Vaccine operations Central Provinces 1868-1885 - 1868-1885
Year: 1868
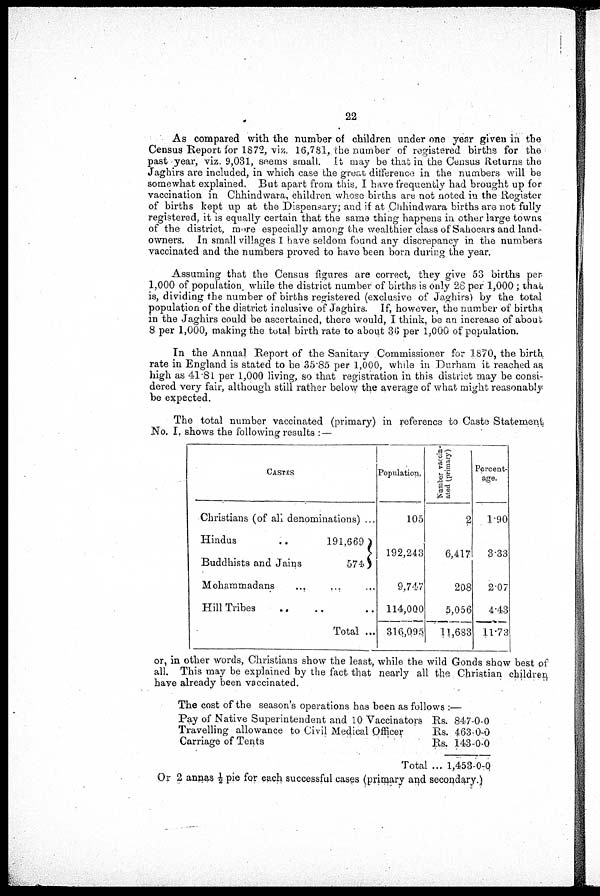
22
As compared with the number of children under one year given in the
Census Report for 1872, viz. 16,781, the number of registered births for the
past year, viz. 9,031, seems small. It may be that in the Census Returns the
Jaghirs are included, in which case the great difference in the numbers will be
somewhat explained. But apart from this, I have frequently had brought up for
vaccination in Chhindwara, children whose births are not noted in the Register
of births kept up at the Dispensary; and if at Chhindwara births are not fully
registered, it is equally certain that the same thing happens in other large towns
of the district, more especially among the wealthier class of Sahocars and land-
owners. In small villages I have seldom found any discrepancy in the numbers
vaccinated and the numbers proved to have been born during the year.
Assuming that the Census figures are correct, they give 53 births per
1,000 of population. while the district number of births is only 28 per 1,000 ; that
is, dividing the number of births registered (exclusive of Jaghirs) by the total
population of the district inclusive of Jaghirs. If, however, the number of births
in the Jaghirs could be ascertained, there would, I think, be an increase of about
8 per 1,000, making the total birth rate to about 36 per 1,000 of population.
In the Annual Report of the Sanitary Commissioner for 1870, the birth
rate in England is stated to be 35.85 per 1,000, while in Durham it reached as
high as 41.81 per 1,000 living, so that registration in this district may be consi-
dered very fair, although still rather below the average of what might reasonably
be expected.
The total number vaccinated (primary) in reference to Caste Statement
No. I. shows the following results : —
CASTES
Christians (of all denominations) ...
Hindus
..
Buddhists and Jains
191,669
574
Mohammadans ... ... ...
Hill Tribes .. .. ..
Total ...
Population.
105
192,243
9,747
114,000
316,0,95
Number vaccin-
ated (primary)
2
6,417
208
5,056
11,683
Percent-
age.
1.90
3.33
2.07
4.43
11.73
or, in other words, Christians show the least, while the wild Gonds show best of
all. This may be explained by the fact that nearly all the Christian children
have already been vaccinated.
The cost of the season's operations has been as follows :—
Pay of Native Superintendent and 10 Vaccinators
Travelling allowance to Civil Medical Officer
Carriage of Tents
Rs.
Rs.
Rs.
Total ...
847-0-0
463-0-0
143-0-0
1,453-0-0
Or 2 annas ½ pie for each successful cases (primary and secondary.)